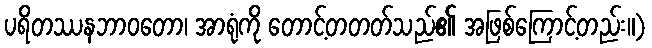
ပရိတဿနဘာဝတော၊ အာရုံကို တောင့်တတတ်သည်၏ အဖြစ်ကြောင့်တည်း။)